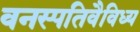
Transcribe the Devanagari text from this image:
वनस्पतिवैविध्य